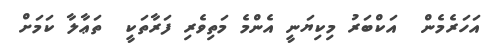
އަހަރެމެން  އަކްބަރު މިކިޔަނީ އެންމެ މަތިވެރި ފަރާތަކީ  ތަޢާލާ ކަމަށް